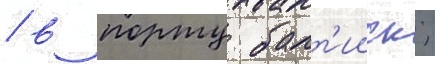
/ в порту балт'ииск;